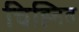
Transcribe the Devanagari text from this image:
चिह्‍नित